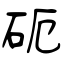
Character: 砈